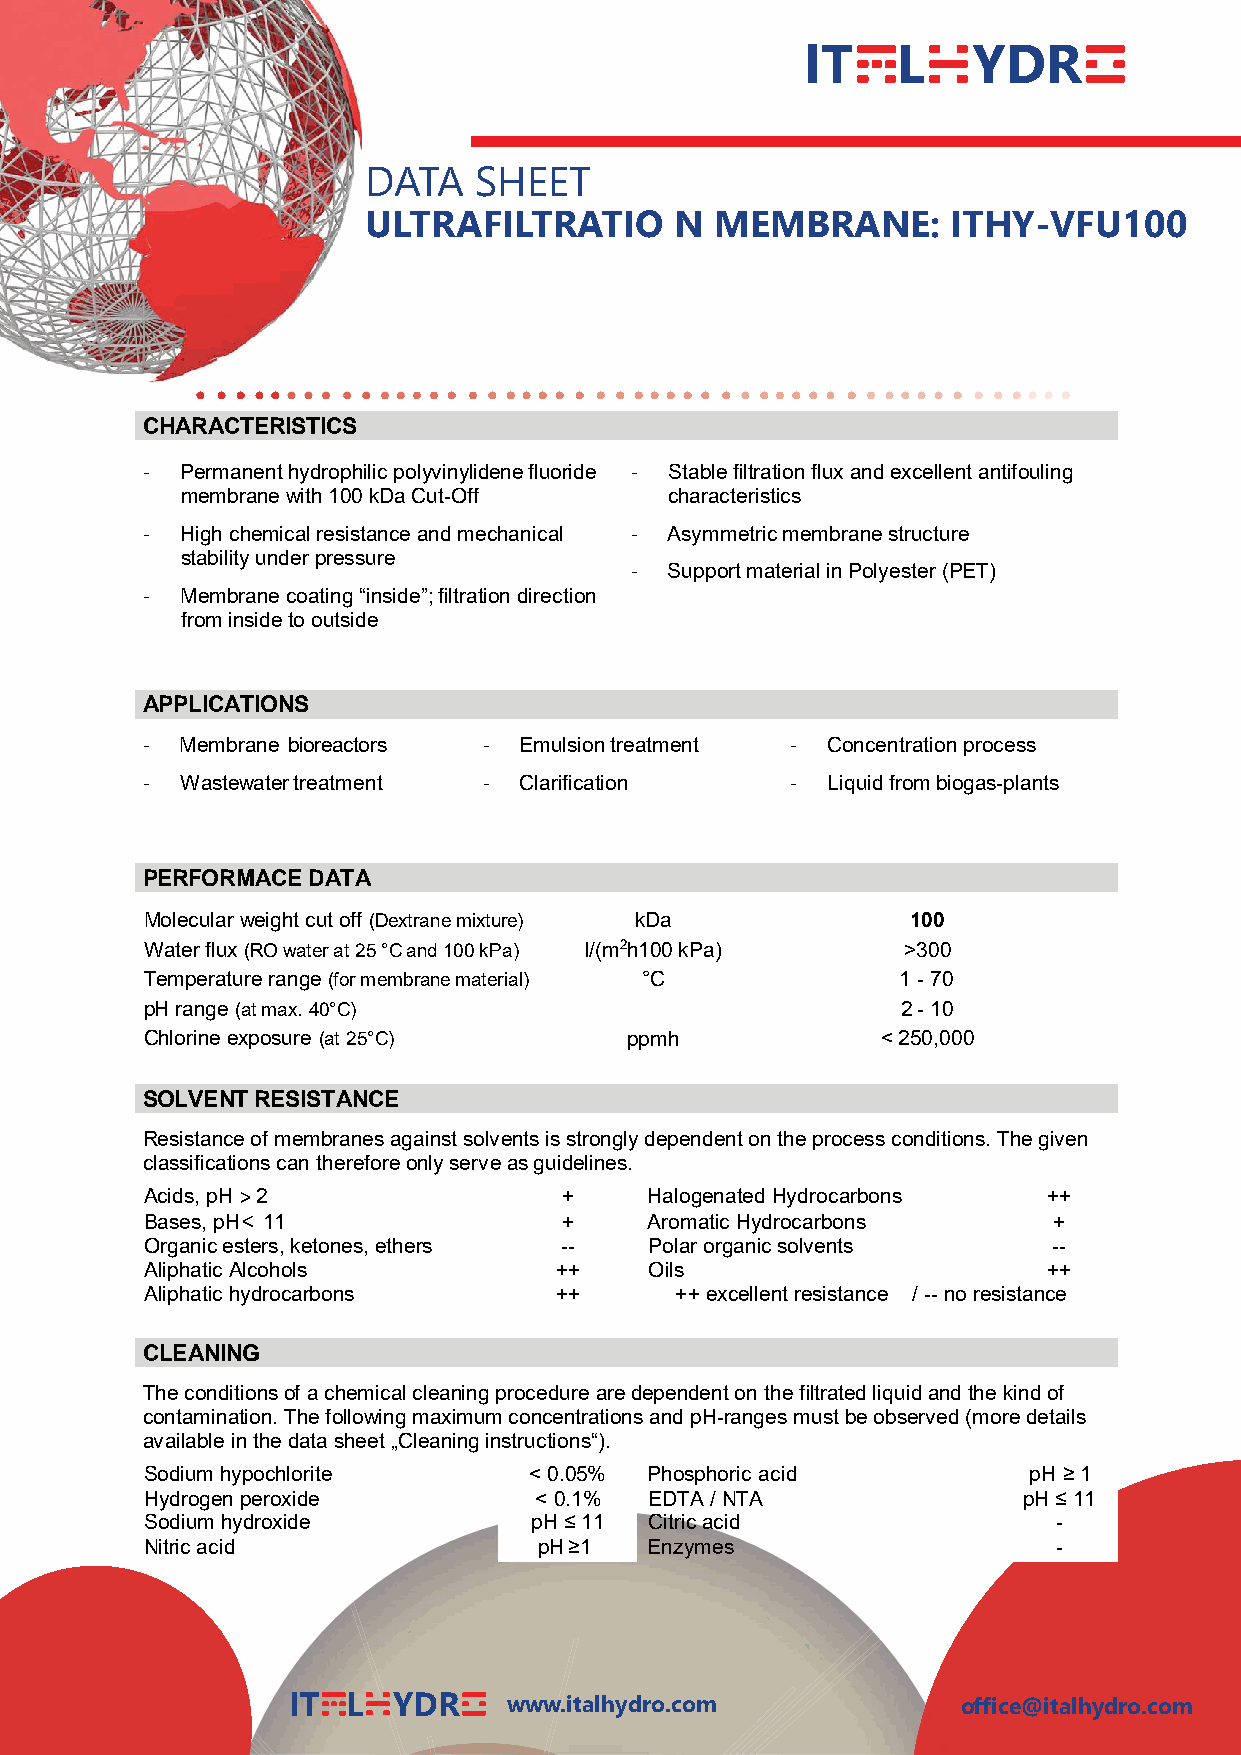
IT    L    YDR
 DATA   SHEET
 ULTRAFILTRATIO       N MEMBRANE:       ITHY-VFU100
 CHARACTERISTICS
 -  Permanent hydrophilic polyvinylidene fluoride - Stable filtration flux and excellent antifouling
 membrane with 100 kDaCut-Off    characteristics
 -  High chemical resistance and mechanical - Asymmetric membrane structure
 stability under pressure
 - Supportmaterial in Polyester (PET)
 -  Membrane coating “inside”; filtration direction
 from inside to outside
 APPLICATIONS
 -  Membrane bioreactors - Emulsion treatment - Concentration process
 -  Wastewater treatment - Clarification    -  Liquid from biogas-plants
 PERFORMACE DATA
 Molecular weight cutoff (Dextrane mixture) kDa    100
 Water flux (RO water at 25 °C and 100 kPa) l/(m2h100 kPa) >300
 Temperature range (for membrane material) °C      1 - 70
 pH range (at max. 40°C)                           2 - 10
 Chlorine exposure (at 25°C)     ppmh            < 250,000
 SOLVENT RESISTANCE
 Resistance of membranes against solvents is strongly dependent on the process conditions. The given
 classifications can therefore only serve as guidelines.
 Acids, pH 2                +     Halogenated Hydrocarbons  ++
 Bases, pH < 11             +     Aromatic Hydrocarbons      +
 Organic esters, ketones, ethers -- Polar organic solvents   --
 Aliphatic Alcohols         ++    Oils                      ++
 Aliphatic hydrocarbons     ++      ++ excellent resistance / -- no resistance
 CLEANING
 The conditions of a chemical cleaning procedure are dependent on the filtrated liquid and the kind of
 contamination. The following maximum concentrations and pH-ranges must be observed (more details
 available in the data sheet „Cleaning instructions“).
 Sodium hypochlorite      < 0.05% Phosphoric acid          pH ≥ 1
 Hydrogen peroxide        < 0.1%  EDTA / NTA               pH ≤ 11
 Sodium hydroxide         pH ≤ 11 Citric acid                -
 Nitric acid               pH ≥1  Enzymes                    -
 IT  L  YDR     www.italhydro.com             office@italhydro.com